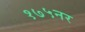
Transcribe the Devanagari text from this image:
१७५नर